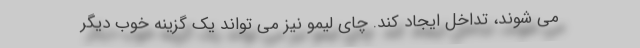
می شوند، تداخل ایجاد کند. چای لیمو نیز می تواند یک گزینه خوب دیگر